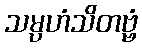
သမ္ပဟံသိတဗ္ဗံ